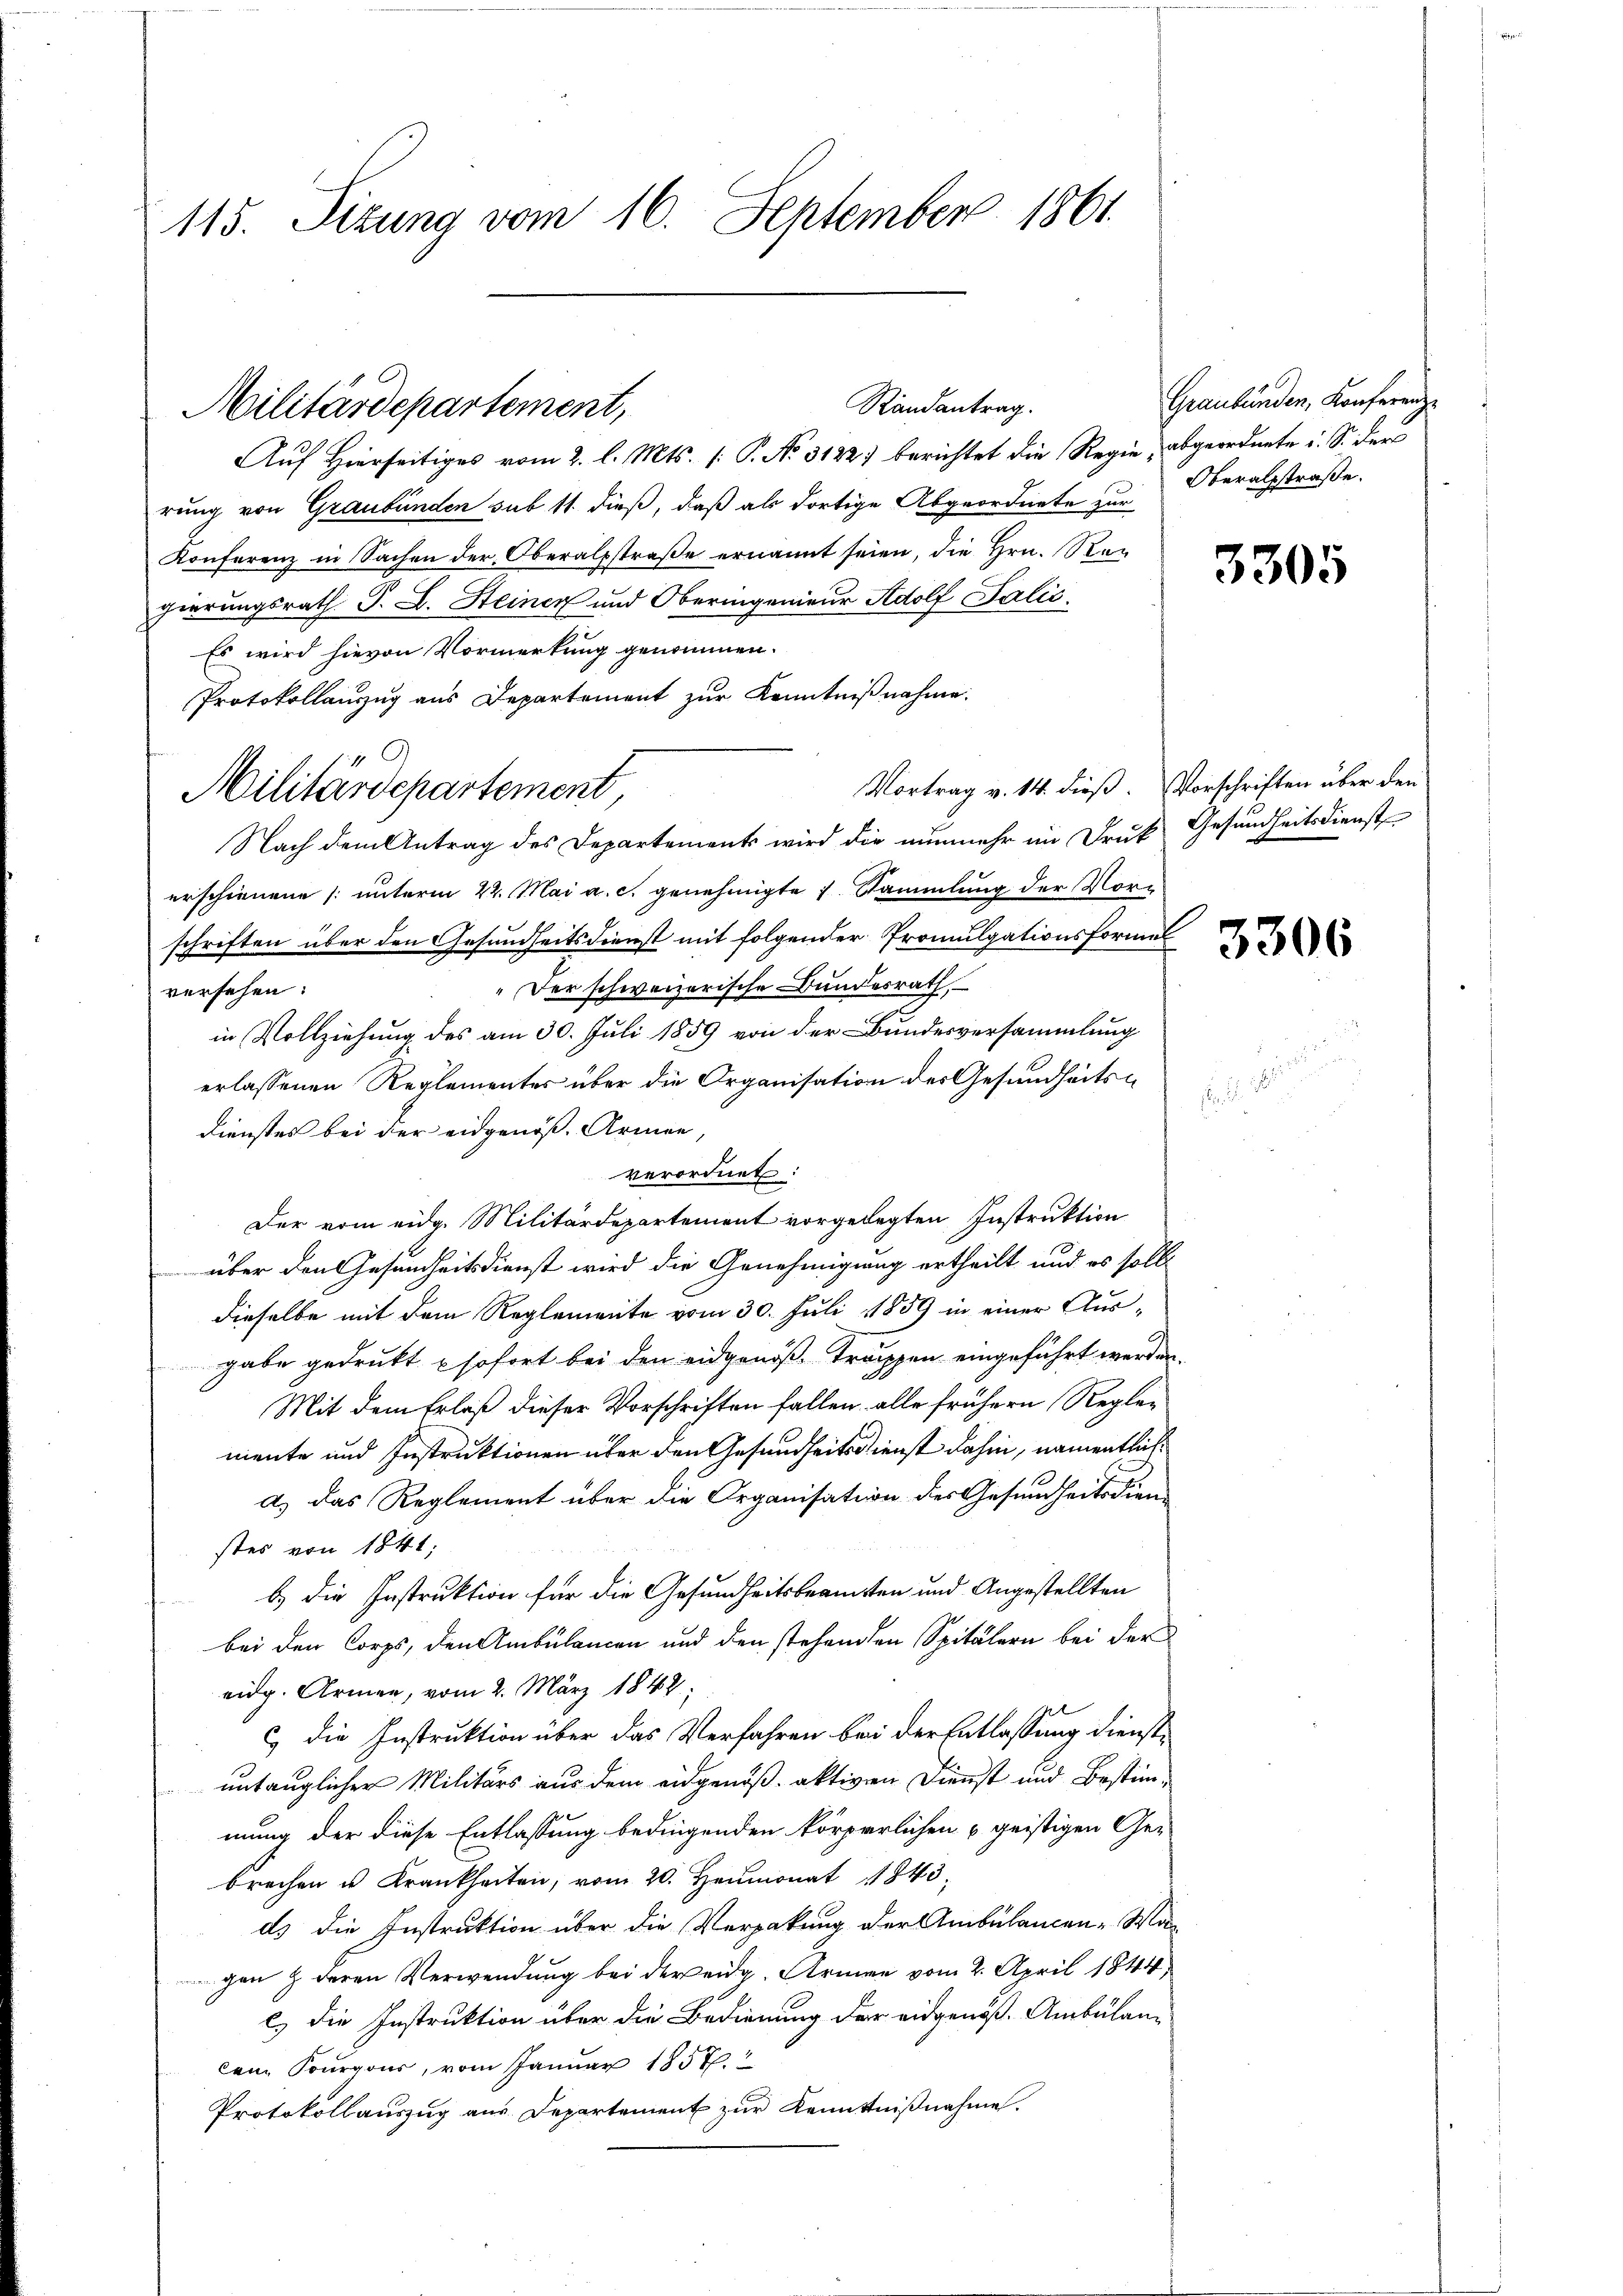
115. Sizung vom 16. September 1861.

Randantrag.
Auf Hierseitiges vom 2. l. Mts. [P. No. 3122) berichtet die Regie, abgeordnete u. S. der
rung von Graubünden sub 11 dieß, daß als dortige Abgeordnete zur
Konferenz in Sachen der Oberalstraβe ernannt seien, die Hrn. Ran
gierungsrath P. L. Steinen und Oberingenieur Adolf Balić
Es wird hievon Vormerkung genommen.
Protokollanzug aus Departement zur Kenntnißnahme.
Vortrag v. 14. dieß. Vorschriften über den
Nach dem Antrag des Departements wird die nunmehr im Druck Gesundheitsdienst
erschienene unterm 22. Mai a. c. genehmigte 1 Sammlung der Vorschriften über den Gesundheitsdienst mit folgender Promulgationsformel
"Der schweizerische Bundesrath
versehen:
in Vollziehung des am 30. Juli 1859 von der Bundesversammlung
erlassenen Reglementes über die Organisation des Gesundheits¬
Dienstes bei der eidgenöß. Armen
verordnet:
Der vom eidg. Militärdepartement vorgelegten Instruktion
über den Gesundheitsdienst wird die Genehmigung ertheilt und es soll
dieselbe mit dem Reglemente vom 30. Juli 1889 in einer Ausgabe gedrukt sofort bei den eidgenößtrappen eingeführt werden.
Mit dem Erlaß dieser Vorschriften fallen alle frühern Reglemente und Instruktionen über den Gesundheitsdienst dahin, namentlich
d) das Reglement über die Organisation des Gesundheitsdienstes von 1841;
b.) Die Instruktion für die Gesundheitsbeamten und Angestellten
bei den Corps, den Ambulamen und den stehenden Spitälern bei der
eidg. Armen, vom 2. März 1842;
c) die Instruktion über das Verfahren bei der Entlassung dienstuntauglicher Militärs aus dem eidgenöß. aktiven Dienst und Bestimmung der diese Entlassung bedingenden körperlichen geistigen Ge-
brechen u. Krankheiten, vom 20. Heumonat 1843
ds die Instruktion über die Verpakung der Ambülancen-Wagen & deren Verwendung bei der eidg. Armen vom 2. April 1844
c.) die Instruktion über die Bedienung der eidgenöß. Ambulan-
kem Sourgous, vom Januar 1857.
Protokollauszug aus Departement zur Kenntnißnahme.

Militärdepartement,

Militärdepartement,

Graubünden, Konferenz
Oberalstraße.

3305

3306